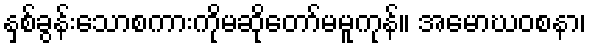
နှစ်ခွန်းသောစကားကိုမဆိုတော်မမူကုန်။ အမောဃဝစနာ၊